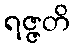
ရဇ္ဇတိ